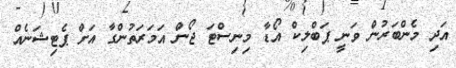
އަދި މެންބަރުން ވަނީ ޕަބްލިކް އޯޑާ މިނިސްޓަ ޖޯން އަމަރަތުންގާ އަށް ޕެޓިޝަނެއް